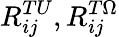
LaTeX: R_{ij}^{TU},R_{ij}^{T\Omega}